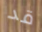
قد